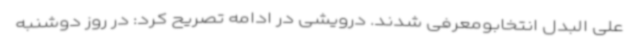
علی البدل انتخابومعرفی شدند. درویشی در ادامه تصریح کرد: در روز دوشنبه